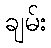
ချမ်း